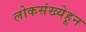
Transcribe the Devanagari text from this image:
लोकसंख्येहून